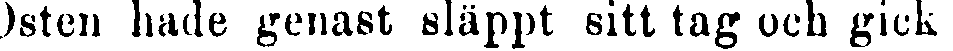
Osten hade genast släppt sitt tag och gick